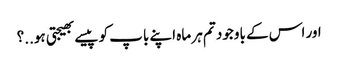
اور اس کے باوجود تم ہر ماہ اپنے باپ کو پیسے بھیجتی ہو..؟